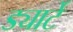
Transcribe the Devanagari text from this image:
ड्यार्टे